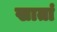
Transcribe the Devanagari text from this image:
खातां